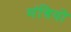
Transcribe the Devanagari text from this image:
मंत्रियो